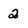
Character: 2